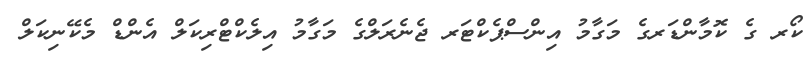
ކޯރ ގެ ކޮމާންޑަރގެ މަގާމު އިންސްޕެކްޓަރ ޖެނެރަލްގެ މަގާމު އިލެކްޓްރިކަލް އެންޑް މެކޭނިކަލް